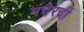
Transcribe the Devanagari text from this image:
मंचेरची